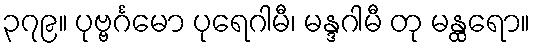
၃၇၉။ ပုဗ္ဗင်္ဂမော ပုရေဂါမီ၊ မန္ဒဂါမီ တု မန္ထရော။